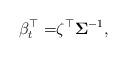
LaTeX: \begin{align*}\beta^{\top}_t =& \zeta^{\top} \mathbf{\Sigma} ^{-1},\end{align*}